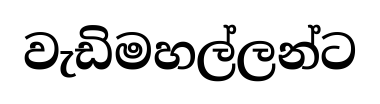
වැඩිමහල්ලන්ට